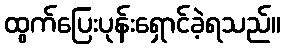
ထွက်ပြေးပုန်းရှောင်ခဲ့ရသည်။